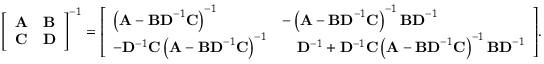
{ \left[ \begin{array} { l l } { \mathbf { A } } & { \mathbf { B } } \\ { \mathbf { C } } & { \mathbf { D } } \end{array} \right] } ^ { - 1 } = { \left[ \begin{array} { l l } { \left( \mathbf { A } - \mathbf { B D } ^ { - 1 } \mathbf { C } \right) ^ { - 1 } } & { - \left( \mathbf { A } - \mathbf { B D } ^ { - 1 } \mathbf { C } \right) ^ { - 1 } \mathbf { B D } ^ { - 1 } } \\ { - \mathbf { D } ^ { - 1 } \mathbf { C } \left( \mathbf { A } - \mathbf { B D } ^ { - 1 } \mathbf { C } \right) ^ { - 1 } } & { \quad \mathbf { D } ^ { - 1 } + \mathbf { D } ^ { - 1 } \mathbf { C } \left( \mathbf { A } - \mathbf { B D } ^ { - 1 } \mathbf { C } \right) ^ { - 1 } \mathbf { B D } ^ { - 1 } } \end{array} \right] } .